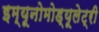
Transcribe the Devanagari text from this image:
इम्यूनोमोड्यूलेट्री